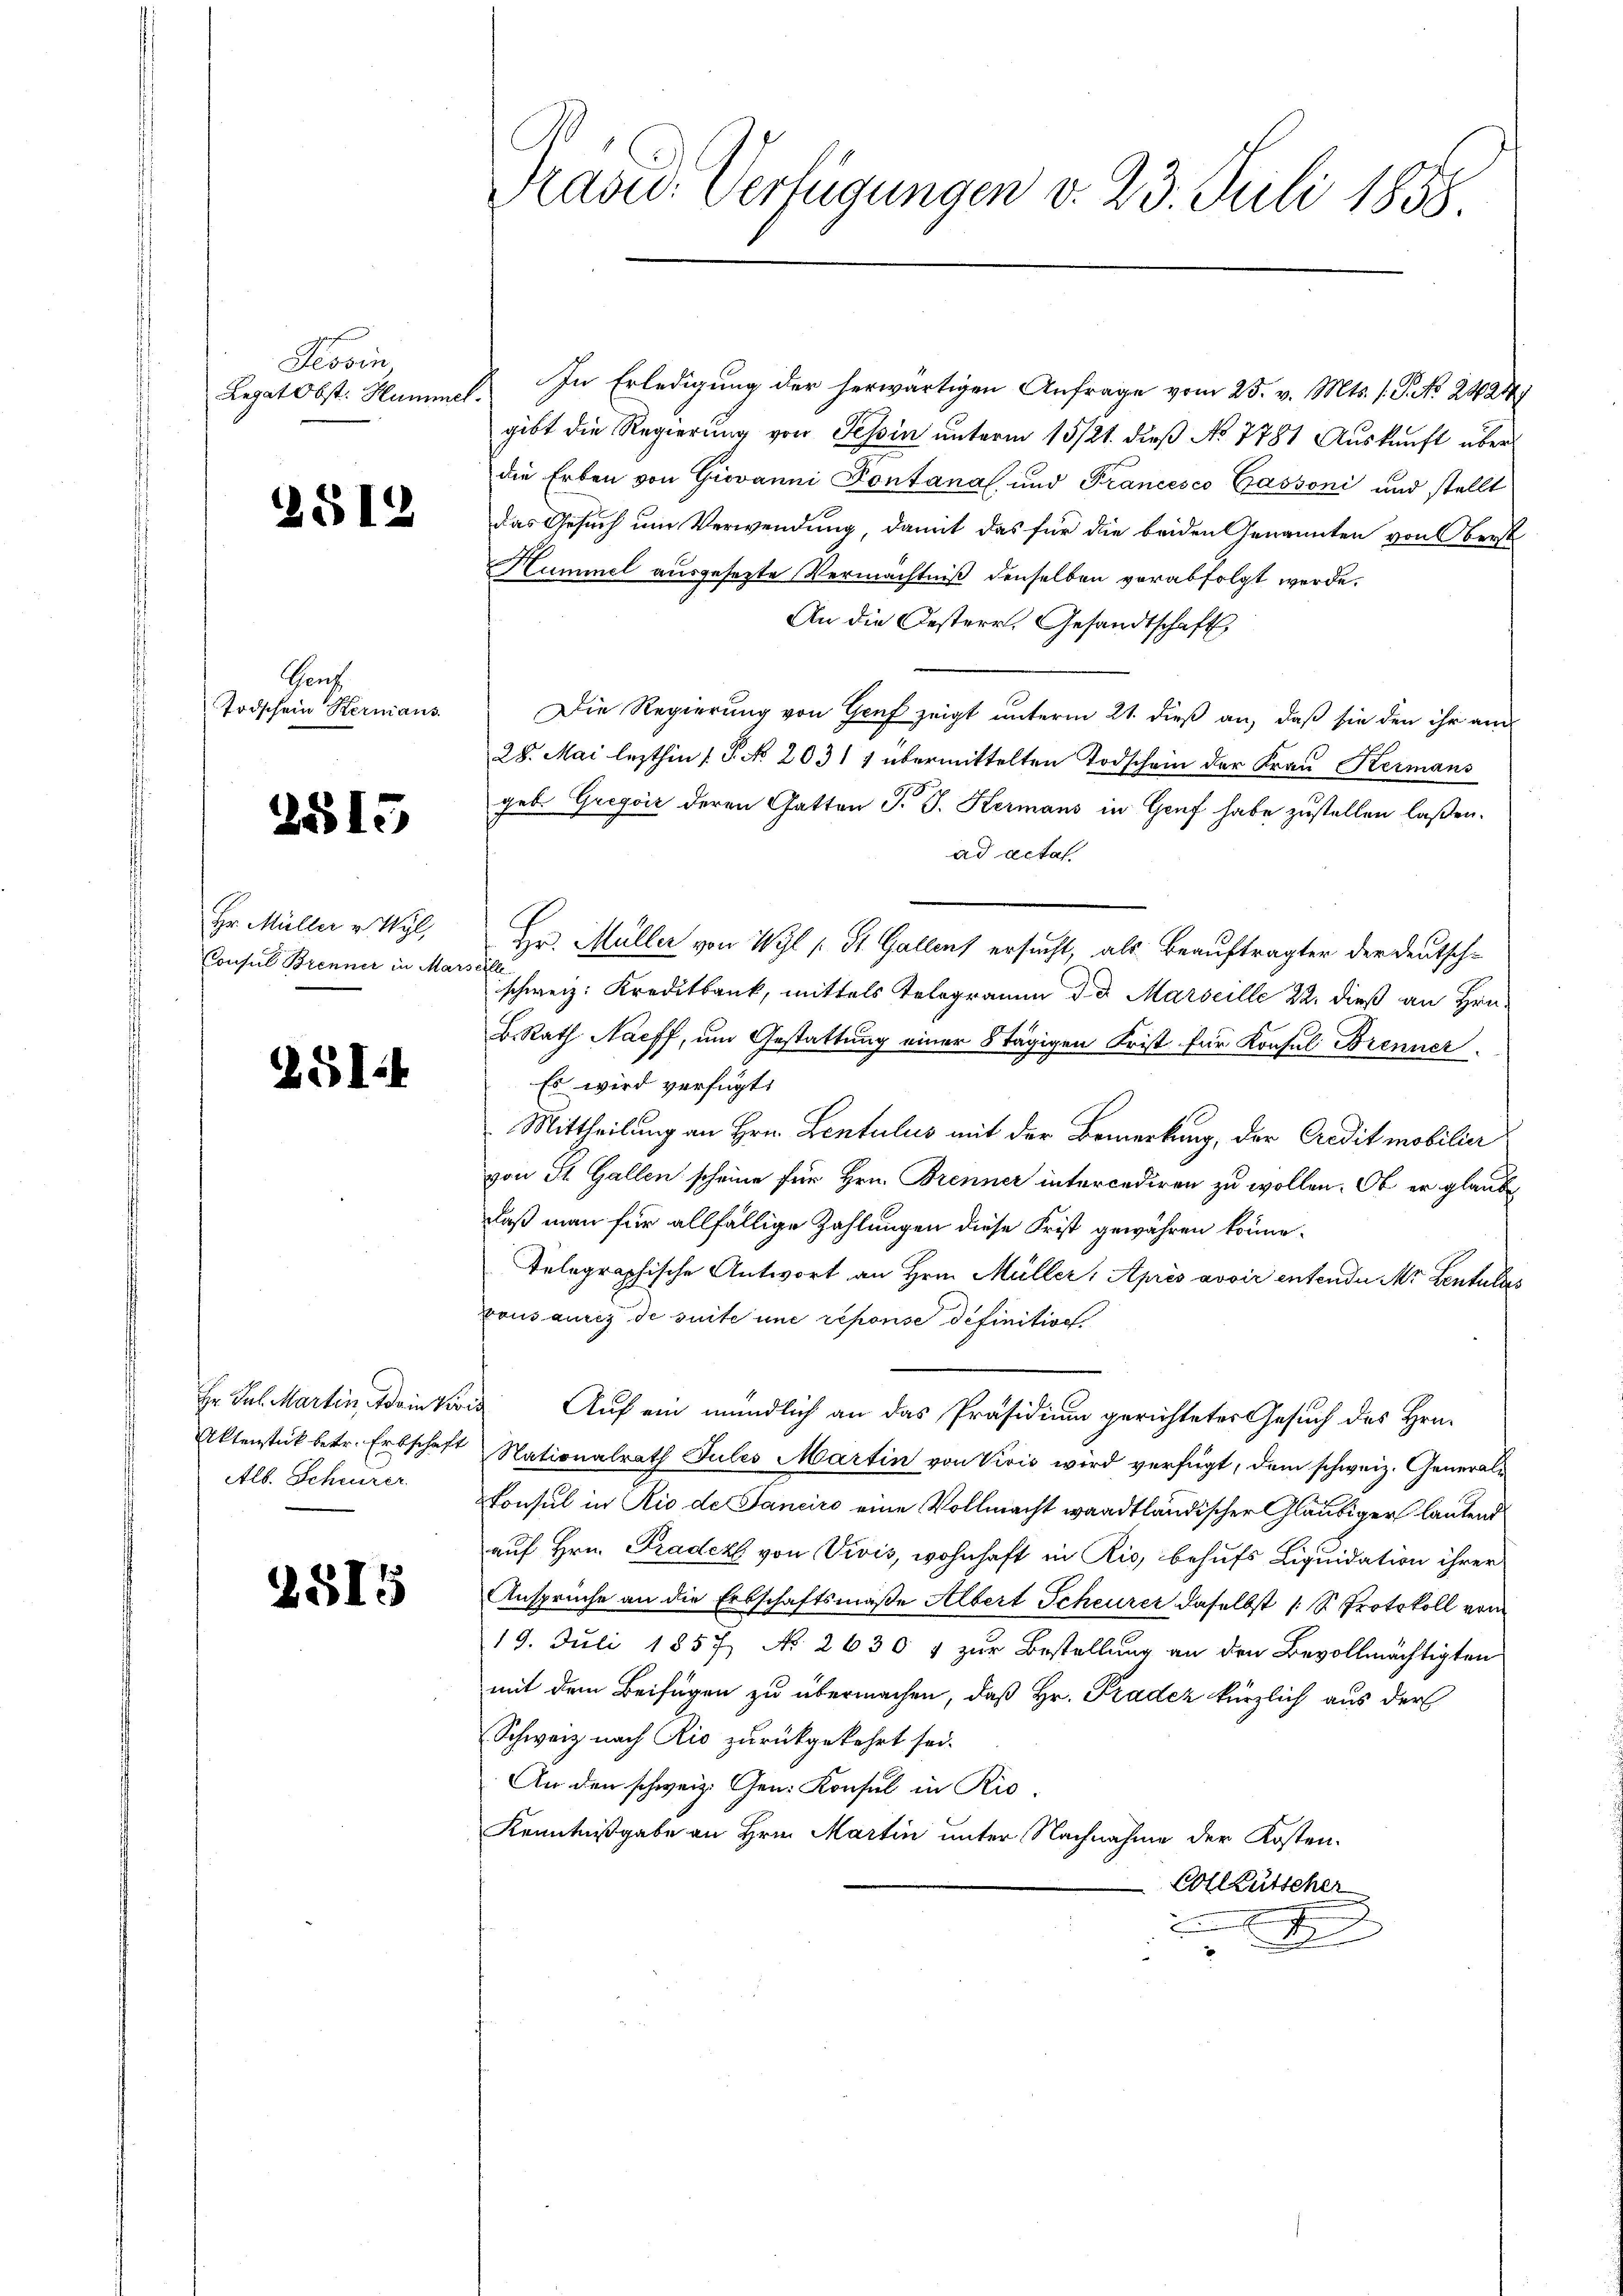
Tessin
Legat Obst. Hummel.

2512

Ganz
Todschein Hermans

2515

Hr. Müller v. Wyl,
Consul Brenner in Mars

ZGI

Hr. Jul. Martin, da in Vori¬
Aktenstück betr. Erbschaft
Alb. Scheurer.

2515

Präsid. Verfügungen v. 23. Juli 1858

In Erledigung der herwärtigen Anfrage vom 25. v. Mts. 1. P. No 24247
gibt die Regierung von Tessin unterm 15/21. dieß No 7781 Auskunft über
die Erben von Giovanni Pontanal und Francesco Gassoni und stellt
das Gesuch um Verwendung, damit das für die beiden Genannten von Oberst
Hummel ausgesezte Vermächtniß denselben verabfolgt werde.
An die Oesterr. Gesandtschaft
Die Regierung von Genf zeigt unterm 21. dieß an, daß sie den ihr am
28. Mai lezthin (T. No 2031 1 übermittelten Todschein der Frau Kermans
geb. Gregić deren Gatten J. J. Kermans in Genf habe zustellen laßen.
ad acta
Hr. Müller von Wyl (St. Gallens ersucht, als Beauftragter der Deutschf
schweiz. Kreditbank, mittels Telegramm d. d. Marseille 22. dieß an Hrn.
B. Rath Naeff, um Gestattung einer 8 tägigen Frist für Konsul Brenner
Es wird verfügt:
Mittheilung an Hrn. Lentulus mit der Bemerkung, der Credit mobilier
von St. Gallen scheine für Hrn. Brenner intercediren zu wollen. Ob er glaube
daß man für allfällige Zahlungen diese Frist gewähren könne.
telegraphische Antwort an Hrn. Müller, Après avoir entenden Mr. Lentulies
xousaures de suite une reponse definitive.
 Auf ein mündlich an das Präsidium gerichteter Gesuch des Hrn.
Nationalrath Jules Martin von Vivis wird verfügt, dem schweiz. General¬
Konsul in Rio de Sanciro eine Vollmacht waadtländischer Gläubiger lautend
auf Hrn. Pradek von Vivis, wohnhaft in Ris, behufs Liquidation ihrer
Anspruche an die Erbschaftsmaße Albert Scheurer daselbst 1 S. Protokoll vom
19. Juli 1857, No 2630 f zur Bestellung an den Bevollmächtigten
mit dem Beifügen zu übermachen, daß Hr. Pradez kürzlich aus der
Schweiz nach Kio zurückgekehrt sei.
An den schweiz. Gen. Konsul in Rio¬
Kenntnißgabe an Hrn. Martin unter Nachnahme der Kosten.
Vollzutscher
t